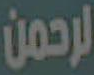
الرحمن